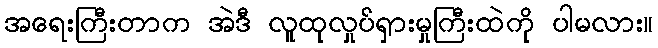
အရေးကြီးတာက အဲဒီ လူထုလှုပ်ရှားမှုကြီးထဲကို ပါမလား။